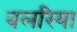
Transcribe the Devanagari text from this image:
बलरिया